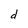
Character: d